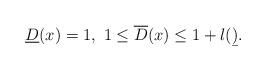
LaTeX: \begin{align*}\underline{D}(x) = 1,\ 1 \leq \overline{D}(x) \leq 1+\l(\b).\end{align*}